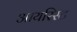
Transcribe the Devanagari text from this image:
आयरिस्ट